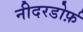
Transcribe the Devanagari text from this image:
नीदरडोर्फ़